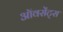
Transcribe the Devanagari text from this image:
ऑवसेंट्स